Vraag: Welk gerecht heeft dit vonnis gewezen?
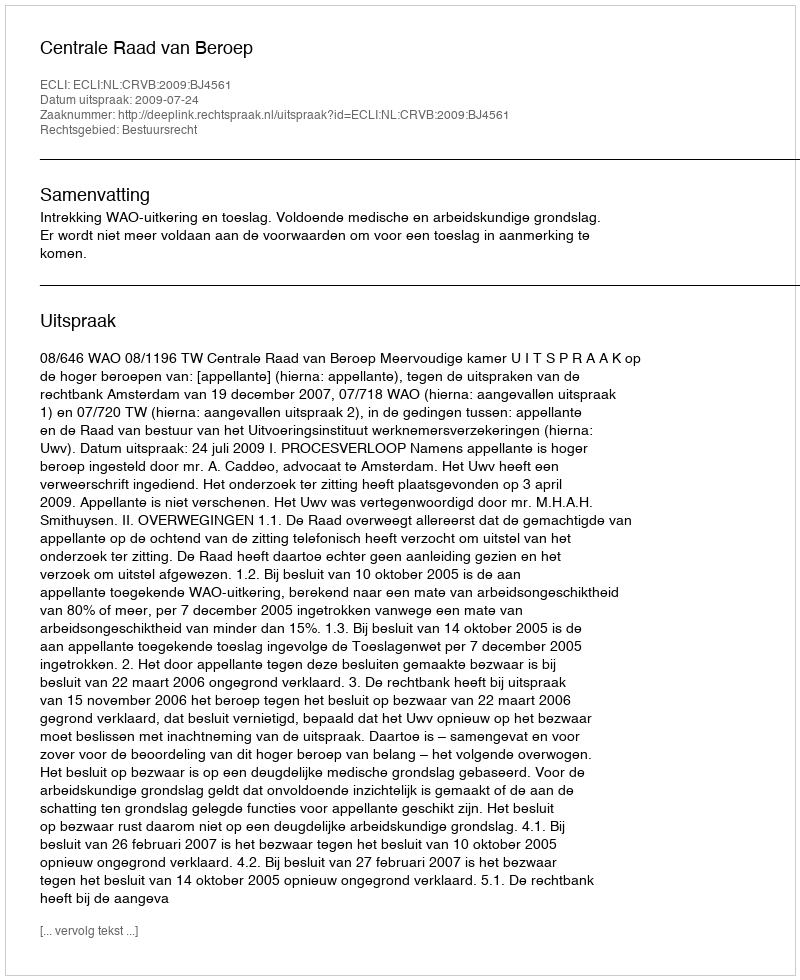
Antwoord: Centrale Raad van Beroep